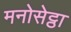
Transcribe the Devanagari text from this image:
मनोसेट्ठा